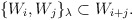
\begin{align*}\{W_{i},W_{j}\}_\lambda\subset W_{i+j}.\end{align*}